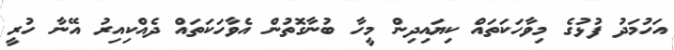
އަހުމަދު ފުޅުގެ މިވާހަކަތައް ކިޔައިދިން މީހާ ބުނާގޮތުން އެވާހަކަތައް ދެއްކިއިރު އޭނާ ހުރީ